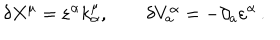
\delta X ^ { \mu } = \varepsilon ^ { \alpha } k _ { \alpha } ^ { \mu } , \qquad \delta V _ { a } ^ { \alpha } = - \partial _ { a } \varepsilon ^ { \alpha } \, .